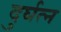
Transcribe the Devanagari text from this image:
दुर्घत्न